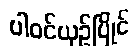
ပါဝင်ယှဉ်ပြိုင်